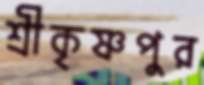
শ্রীকৃষ্ণপুর